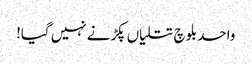
واحد بلوچ تتلیاں پکڑنے نہیں گیا!